Plague in India, 1896, 1897 - Volume 2
Year: 1896
Disease focus: Plague
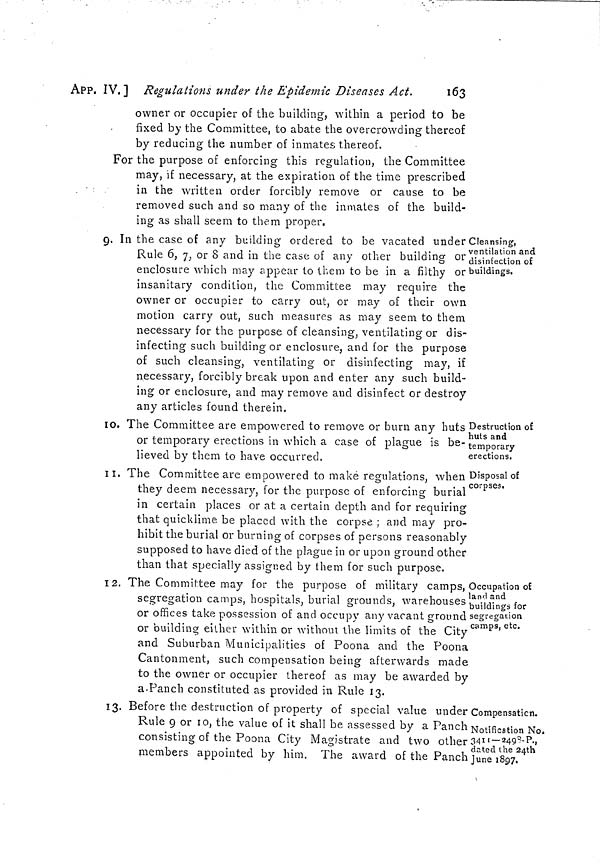
APP. IV.] Regulations under the Epidemic Diseases Act.
163
owner or occupier of the building, within a period to be
fixed by the Committee, to abate the overcrowding thereof
by reducing the number of inmates thereof.
For the purpose of enforcing this regulation, the Committee
may, if necessary, at the expiration of the time prescribed
. •
in the written order forcibly remove or cause to be
removed such and so many of the inmates of the build-
ing as shall seem to them proper.
Cleansing,
ventilation and
disinfection of
buildings.
9. In the case of any building ordered to be vacated under
Rule 6, 7, or 8 and in the case of any other building or
enclosure which may appear to them to be in a filthy or
insanitary condition, the Committee may require the
owner or occupier to carry out, or may of their own
motion carry out, such measures as may seem to them
necessary for the purpose of cleansing, ventilating or dis-
infecting such building or enclosure, and for the purpose
of such cleansing, ventilating or disinfecting may, if
necessary, forcibly break upon and enter any such build-
ing or enclosure, and may remove and disinfect or destroy
any articles found therein.
Destruction of
huts and
temporary
erections.
IO. The Committee are empowered to remove or burn any huts
or temporary erections in which a case of plague is be-
lieved by them to have occurred.
Disposal of
corpses.
1l. The Committee are empowered to make regulations, when
they deem necessary, for the purpose of enforcing burial
in certain places or at a certain depth and for requiring
that quicklime be placed with the corpse ; and may pro-
hibit the burial or burning of corpses of persons reasonably
supposed to have died of the plague in or upon ground other
than that specially assigned by them for such purpose.
Occupation of
land and
buildings for
segregation
camps, etc.
12. The Committee may for the purpose of military camps,
segregation camps, hospitals, burial grounds, warehouses
or offices take possession of and occupy any vacant ground
or building either within or without the limits of the City
and Suburban Municipalities of Poona and the Poona
Cantonment, such compensation being afterwards made
to the owner or occupier thereof as may be awarded by
a.Pancb constituted as provided in Rule 13.
Compensaticn.
13. Before the destruction of property of special value under
Notification No.
3411 — 2493-P.,
dated the 24th
June 1897.
Rule 9 or 10, the value of it shall be assessed by a Panch
consisting of the Poona City Magistrate and two other:
members appointed by him. The award of the Panch